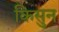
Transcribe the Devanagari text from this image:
किसुन